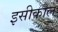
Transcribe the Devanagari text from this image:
इसीकाल